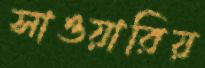
সাওয়ারিয়